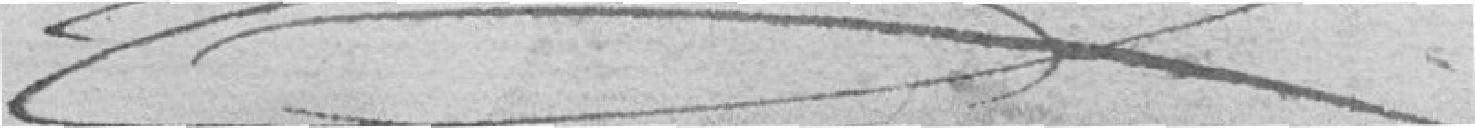
[paraphe]